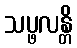
သပ္ဖလန္တိ